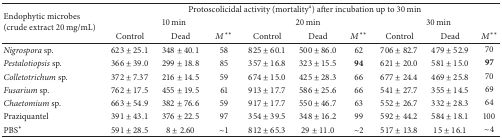
| <ROWSPAN=3> Endophytic microbes(crude extract 20 mg/mL) | <COLSPAN=9> Protoscolicidal activity (mortalitya) after incubation up to 30 min |
 | <COLSPAN=3> 10 min | <COLSPAN=3> 20 min | <COLSPAN=3> 30 min |
 | Control | Dead | M** | Control | Dead | M** | Control | Dead | M** |
 | --- | --- | --- | --- | --- | --- | --- | --- | --- | --- |
 | Nigrospora sp. | 623 ± 25.1 | 348 ± 40.1 | 58 | 825 ± 60.1 | 500 ± 86.0 | 62 | 706 ± 82.7 | 479 ± 52.9 | 70 |
 | Pestalotiopsis sp. | 366 ± 39.0 | 299 ± 18.8 | 85 | 357 ± 16.8 | 323 ± 15.5 | 94 | 621 ± 20.0 | 581 ± 15.0 | 97 |
 | Colletotrichum sp. | 372 ± 7.37 | 216 ± 14.5 | 59 | 674 ± 15.0 | 425 ± 28.3 | 66 | 677 ± 24.4 | 469 ± 25.8 | 70 |
 | Fusarium sp. | 762 ± 17.5 | 455 ± 19.5 | 61 | 913 ± 17.7 | 586 ± 25.6 | 66 | 541 ± 27.7 | 355 ± 14.5 | 69 |
 | Chaetomium sp. | 663 ± 54.9 | 382 ± 76.6 | 59 | 917 ± 17.7 | 550 ± 46.7 | 63 | 552 ± 26.7 | 332 ± 28.3 | 64 |
 | Praziquantel | 391 ± 43.1 | 376 ± 22.5 | 97 | 354 ± 39.5 | 348 ± 16.2 | 99 | 592 ± 44.2 | 584 ± 18.1 | 100 |
 | PBS* | 591 ± 28.5 | 8 ± 2.60 | ∼1 | 812 ± 65.3 | 29 ± 11.0 | ∼2 | 517 ± 13.8 | 15 ± 16.1 | ∼4 |